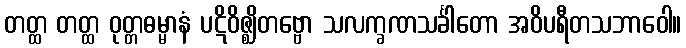
တတ္ထ တတ္ထ ဝုတ္တဓမ္မာနံ ပဋိဝိဇ္ဈိတဗ္ဗော သလက္ခဏသင်္ခါတော အဝိပရီတသဘာဝေါ။